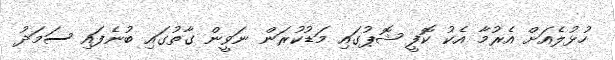
ހުޅުލެއަށް އެރުމާ އެކު ކޮފީ ޝޮޕުގައި މަޑުކުރަން ނަވީން ގާތުގައި ބުނެފައި ސަމަދު